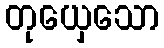
တုယှေသော